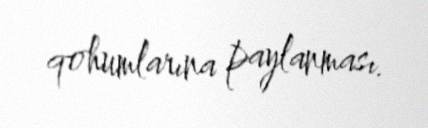
qohumlarına paylanması.